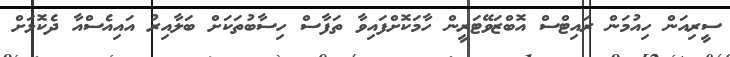
ސީރިއަން ހިއުމަން ރައިޓްސް އޮބްޒަވޭޓަރީން ހާމަކޮށްފައިވާ ތަފާސް ހިސާބުތަކަށް ބަލާއިރު އައިއެސްއާ ދެކޮޅަށް